Vaccination Hyderabad 1890-1903 - 1890-1903
Year: 1890
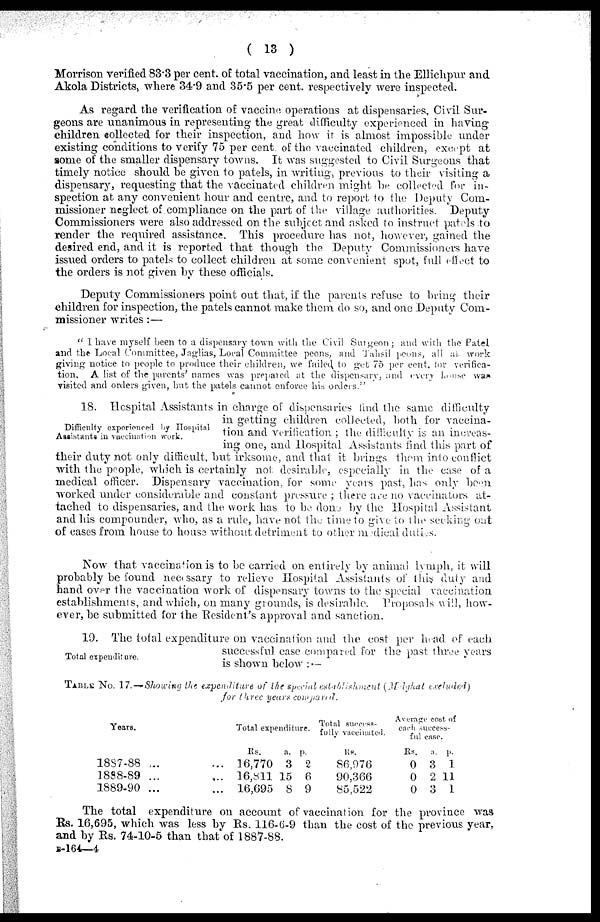
( 13 )
Morrison verified 83.3 per cent. of total vaccination, and least in the Ellichpur and
Akola Districts, where 34.9 and 35.5 per cent. respectively were inspected.
As regard the verification of vaccine operations at dispensaries, Civil Sur-
geons are unanimous in representing the great difficulty experienced in having
children collected for their inspection, and how it is almost impossible under
existing conditions to verify 75 per cent. of the vaccinated children, except at
some of the smaller dispensary towns. It was suggested to Civil Surgeons that
timely notice should be given to patels, in writing, previous to their visiting a
dispensary, requesting that the vaccinated children might be collected for in-
spection at any convenient hour and centre, and to report to the Deputy Com-
missioner neglect of compliance on the part of the village authorities. Deputy
Commissioners were also addressed on the subject and asked to instruct patels to
render the required assistance. This procedure has not, however, gained the
desired end, and it is reported that though the Deputy Commissioners have
issued orders to patels to collect children at some convenient spot, full effect to
the orders is not given by these officials.
Deputy Commissioners point out that, if the parents refuse to bring their
children for inspection, the patels cannot make them do so, and one Deputy Com-
missioner writes:—
" I have myself been to a dispensary town with the Civil Surgeon ; and with the Patel
and the Local Committee, Jaglias, Local Committee peons, and Tahsil peons, all at work
giving notice to people to produce their children, we failed to get 75 per cent. for verifica-
tion. A list of the parents' names was prepared at the dispensary, and every house was
visited and orders given, but the patels cannot enforce his orders."
Difficulty experienced by Hospital
Assistants in vaccination work.
18. Hospital Assistants in charge of dispensaries find the same difficulty
in getting children collected, both for vaccina-
tion and verification ; the difficulty is an increas-
ing one, and Hospital Assistants find this part of
their duty not only difficult, but irksome, and that it brings them into conflict
with the people, which is certainly not. desirable, especially in the case of a
medical officer. Dispensary vaccination, for some years past, has only been
worked under considerable and constant pressure ; there are no vaccinators at-
tached to dispensaries, and the work has to be done by the Hospital Assistant
and his compounder, who, as a rule, have not the time to give to the seeking out
of cases from house to house without detriment to other medical duties.
Now that vaccination is to be carried on entirely by animal lymph, it will
probably be found necessary to relieve Hospital Assistants of this duty and
hand over the vaccination work of dispensary towns to the special vaccination
establishments, and which, on many grounds, is desirable. Proposals will, how-
ever, be submitted for the Resident's approval and sanction.
Total expenditure.
19. The total expenditure on vaccination and the cost per head of each
successful case compared for the past three years
is shown below : —
TABLE No. 17.— Showing the expenditure of the special establishment (Melghat excluded)
for three years compared.
Years.
1887-88 ... ...
1888-89 ... ...
1889-90 ... ...
Total expenditure.
Rs.
16,770
16,811
16,695
a.
3
15
8
p.
2
6
9
Total success-
fully vaccinated.
RS.
86,976
90,366
85,522
Average cost of
each success-
ful case.
Rs.
0
0
0
a.
3
2
3
p.
1
11
1
The total expenditure on account of vaccination for the province was
Rs. 16,695, which was less by Rs. 116-6-9 than the cost of the previous year,
and by Rs. 74-10-5 than that of 1887-88.
B-164—4